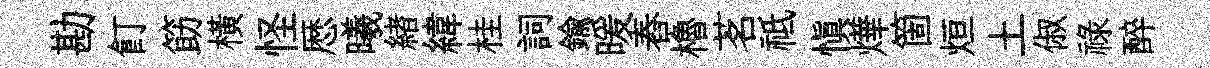
勘飣筯橫怪厯曦緖緯桂詞鍮暖舂櫓茗祗愼燁箇烜土俶祿醉